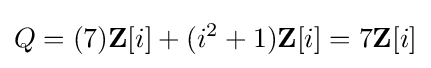
Q=(7)\mathbf {Z} [i]+(i^{2}+1)\mathbf {Z} [i]=7\mathbf {Z} [i]